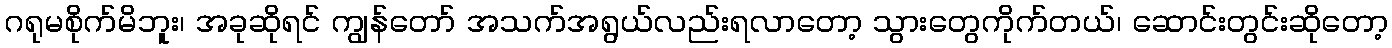
ဂရုမစိုက်မိဘူး၊ အခုဆိုရင် ကျွန်တော် အသက်အရွယ်လည်းရလာတော့ သွားတွေကိုက်တယ်၊ ဆောင်းတွင်းဆိုတော့